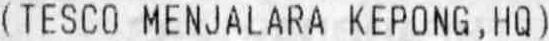
(TESCO MENJALARA KEPONG , HQ)